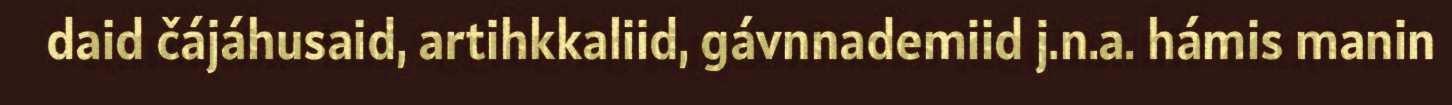
daid čájáhusaid, artihkkaliid, gávnnademiid j.n.a. hámis manin